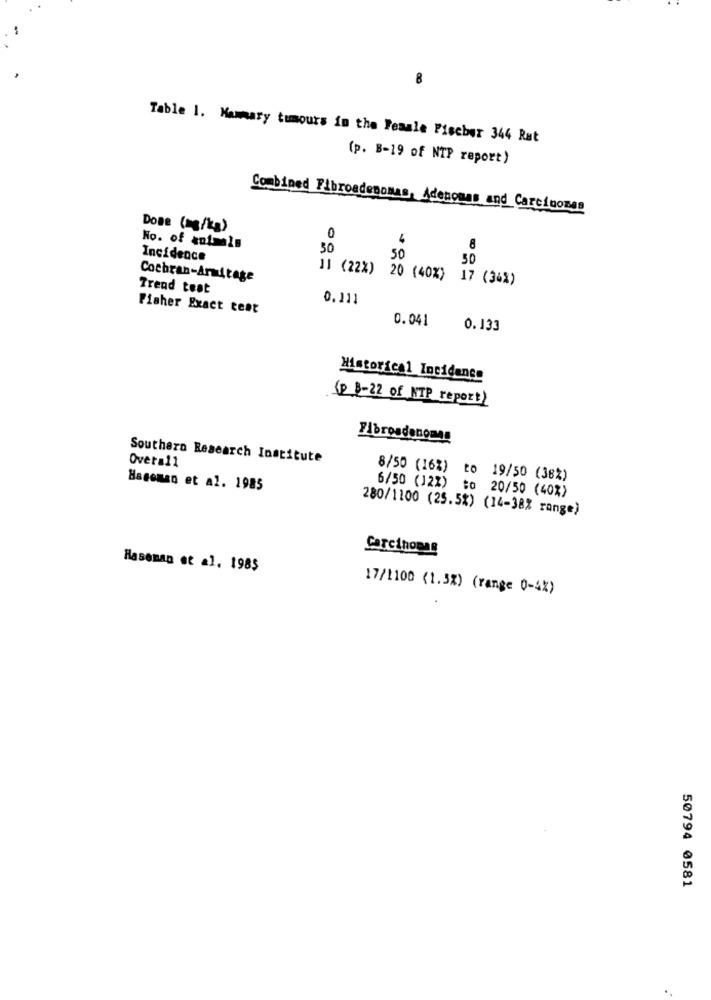
8
Table 1. Mammary tumours in the Female Fischer 344 Rat
(p. B-19 of NTP report)
Combined Fibroadenomas, Adenomas and Carcinomas
Done (mg/kg)
0
4
No. of animals
50
8
Incidence
50
50
Cochran-Armitage
11 (22%) 20 (40%) 17 (34%)
Trend teat
0.111
Fisher Exact test
0.041
0.133
Historical Incidence
(P 8-22 of NTP report)
Fibroadenoma
Southern Research Institute
Overall
8/50 (16%) to 19/50 (38%)
Haceman et al. 1985
6/50 (12%) to 20/50 (40%)
280/1100 (25.5%) (14-38% range)
Carcinomag
Haseman et al. 1985
17/1100 (1.5%) (range 0-4%)
50794 0581